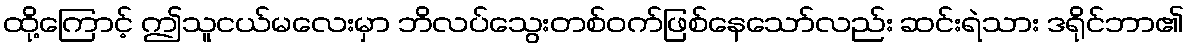
ထို့ကြောင့် ဤသူငယ်မလေးမှာ ဘိလပ်သွေးတစ်ဝက်ဖြစ်နေသော်လည်း ဆင်းရဲသား ဒရိုင်ဘာ၏